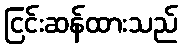
ငြင်းဆန်ထားသည်